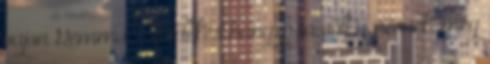
vajon Gemma ? Érdekes hangzása volt a névnek, még